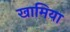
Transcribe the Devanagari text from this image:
खामिया